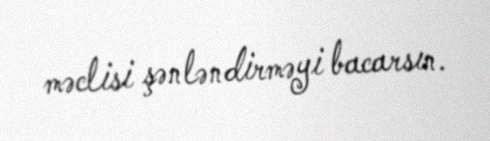
məclisi şənləndirməyi bacarsın.